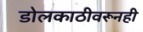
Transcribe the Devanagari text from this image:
डोलकाठीवरूनही